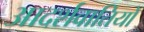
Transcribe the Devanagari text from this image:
आदर्शवातियों